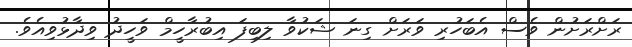
ރަށްރަށުން ވެސް އެބަހުރި ވަރަށް ގިނަ ޝަކުވާ ލިބިފަ އިބުރާހީމް ވަހީދު ވިދާޅުވިއެވެ.